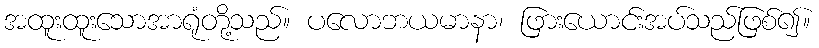
အထူးထူးသောအာရုံတို့သည်။ ပလောဘယမာနာ၊ ဖြားယောင်းအပ်သည်ဖြစ်၍။